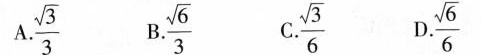
$$\frac{\sqrt{3}}{3}$$ $$\frac{\sqrt{6}}{3}$$ $$\frac{\sqrt{3}}{6}$$ $$\frac{\sqrt{6}}{6}$$